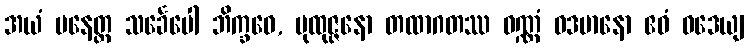
အယံ ပနေတ္ထ သင်္ခေပေါ ဘိက္ခဝေ, ပုထုဇ္ဇနော တထာဂတဿ ဝဏ္ဏံ ဝဒမာနော ဧဝံ ဝဒေယျ